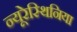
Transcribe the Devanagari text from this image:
न्यूरेस्थिनिया